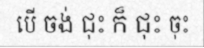
បើ ចង់ ជុះ ក៏ ជុះ ចុះ